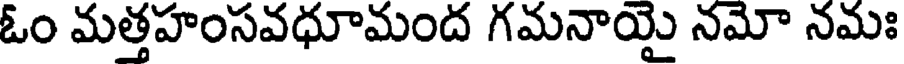
ఓం మత్తహంసవధూమంద గమనాయై నమో నమః